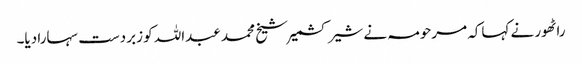
راٹھور نے کہاکہ مرحومہ نے شیر کشمیر شیخ محمد عبداللہ کو زبردست سہارا دیا۔